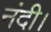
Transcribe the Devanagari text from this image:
नंदी।